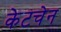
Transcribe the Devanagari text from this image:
केटचेन